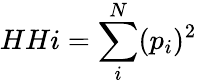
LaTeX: HHi=\sum_{i}^{N}(p_{i})^{2}